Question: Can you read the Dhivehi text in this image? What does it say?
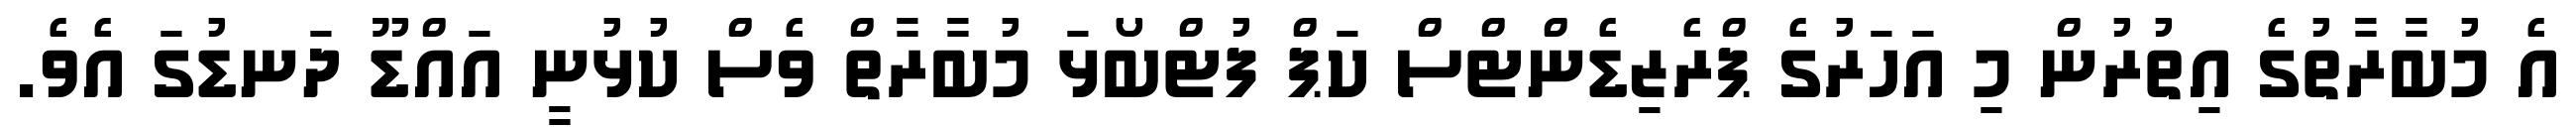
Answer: އެ މުބާރާތުގެ އިތުރުން މި އަހަރުގެ ޕްރެޒިޑެންޓްސް ކަޕް ފުޓްބޯޅަ މުބާރާތް ވެސް ކުޅުނީ އައްޑޫ ދަނޑުގަ އެވެ.